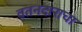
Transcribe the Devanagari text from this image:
वतनदाराचा